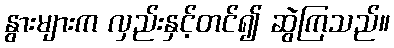
နွားများက လှည်းနှင့်တင်၍ ဆွဲကြသည်။